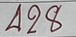
428